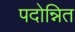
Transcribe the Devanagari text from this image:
पदोन्नित